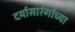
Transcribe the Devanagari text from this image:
दर्यासारंगांच्या